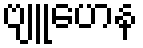
ဗျူဟေန